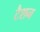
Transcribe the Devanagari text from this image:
टैशन